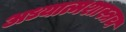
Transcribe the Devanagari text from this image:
अध्यात्मशास्त्रच